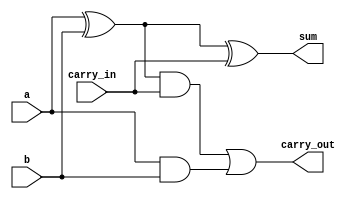
// 1-BIT FULL ADDER
module full_adder_1bit(a, b, carry_in, carry_out, sum);

input a, b, carry_in;
output carry_out, sum;

assign sum = a ^ b ^ carry_in;
assign carry_out = ((a ^ b) & carry_in) | (a & b);

endmodule